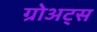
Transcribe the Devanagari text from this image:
ग्रोअट्स